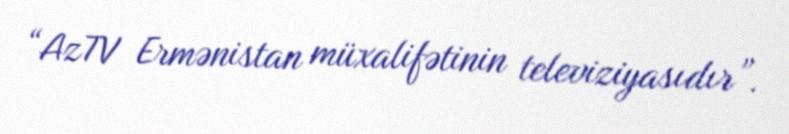
“AzTV Ermənistan müxalifətinin televiziyasıdır”.